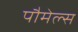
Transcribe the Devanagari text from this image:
पौमेल्स